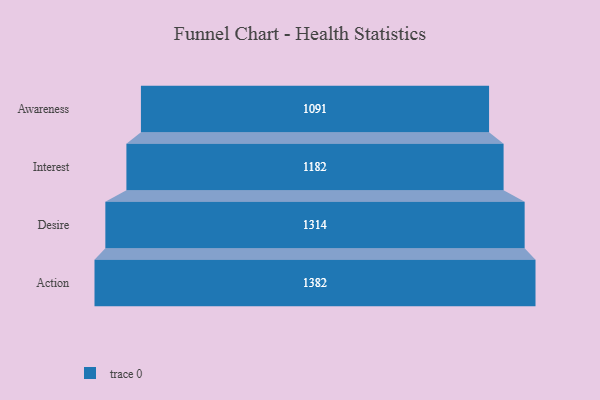
{"axis": {"x": "Stage", "y": "Value"}, "legend": [""], "data": [{"x": "Awareness", "y": 1091.0, "type": ""}, {"x": "Interest", "y": 1182.0, "type": ""}, {"x": "Desire", "y": 1314.0, "type": ""}, {"x": "Action", "y": 1382.0, "type": ""}]}